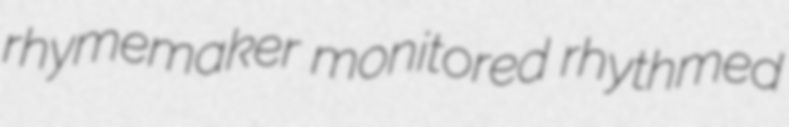
rhymemaker monitored rhythmed